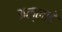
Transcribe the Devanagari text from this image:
अल्लाहे